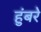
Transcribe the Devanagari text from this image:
हुंबरे